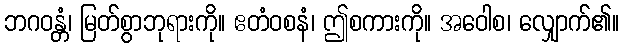
ဘဂဝန္တံ၊ မြတ်စွာဘုရားကို။ ဧတံဝစနံ၊ ဤစကားကို။ အဝေါစ၊ လျှောက်၏။